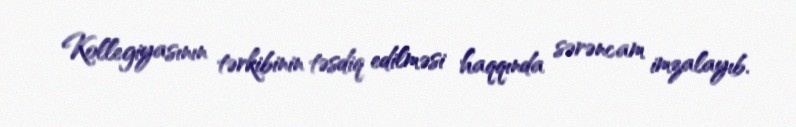
Kollegiyasının tərkibinin təsdiq edilməsi haqqında sərəncam imzalayıb.